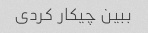
ببین چیکار کردی